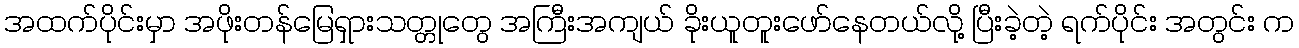
အထက်ပိုင်းမှာ အဖိုးတန်မြေရှားသတ္တုတွေ အကြီးအကျယ် ခိုးယူတူးဖော်နေတယ်လို့ ပြီးခဲ့တဲ့ ရက်ပိုင်း အတွင်း က